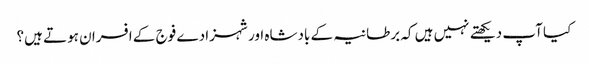
کیا آپ دیکھتے نہیں ہیں کہ برطانیہ کے بادشاہ اور شہزادے فوج کے افسران ہوتے ہیں؟